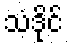
သံဒိုင်